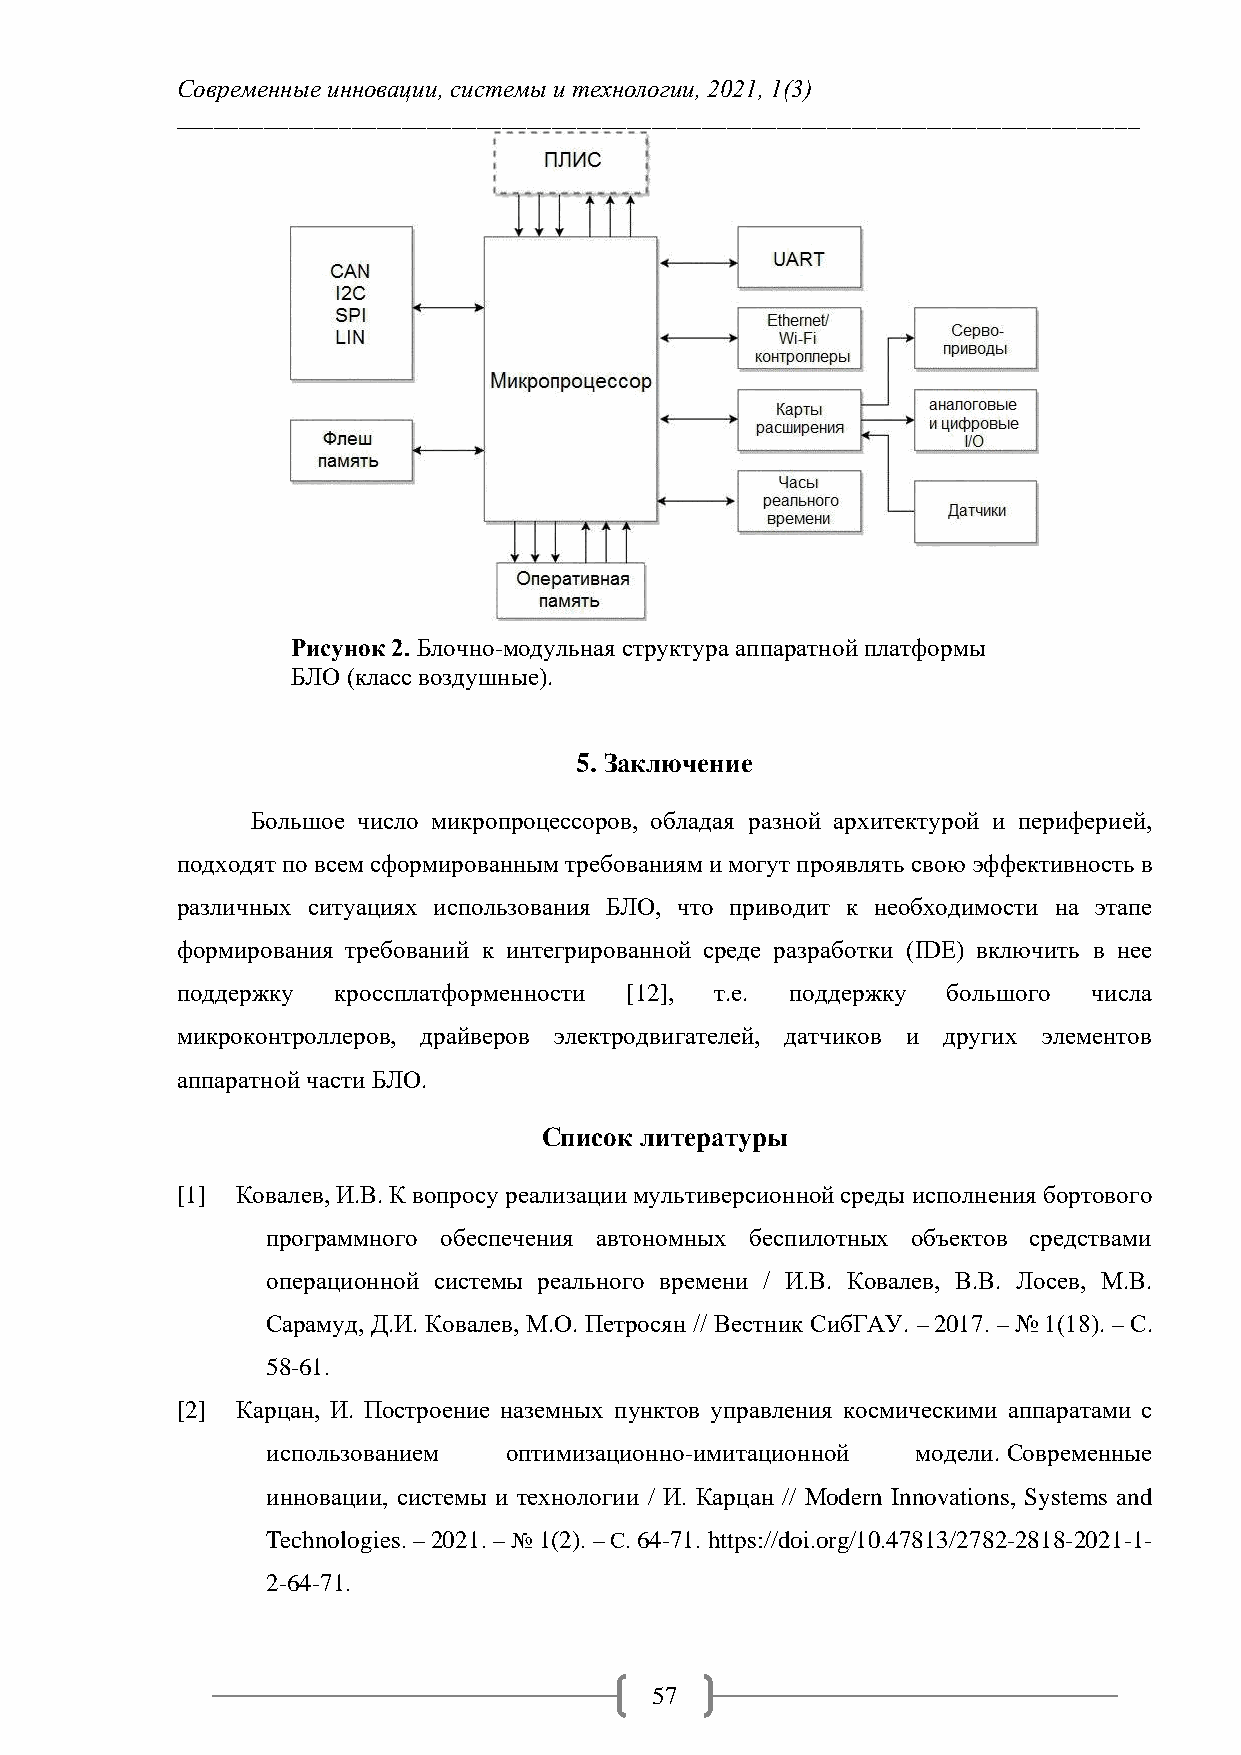
Современные инновации, системы и технологии, 2021, 1(3)
 _____________________________________________________________________________
 Рисунок 2. Блочно-модульная структура аппаратной платформы
 БЛО (класс воздушные).
 5. Заключение
 Большое число микропроцессоров, обладая разной архитектурой и периферией,
 подходят по всем сформированным требованиям и могут проявлять свою эффективность в
 различных ситуациях использования БЛО, что приводит к необходимости на этапе
 формирования требований к интегрированной среде разработки (IDE) включить в нее
 поддержку кроссплатформенности [12], т.е. поддержку большого числа
 микроконтроллеров, драйверов электродвигателей, датчиков и других элементов
 аппаратной части БЛО.
 Список литературы
 [1] Ковалев, И.В. К вопросу реализации мультиверсионной среды исполнения бортового
 программного обеспечения автономных беспилотных объектов средствами
 операционной системы реального времени / И.В. Ковалев, В.В. Лосев, М.В.
 Сарамуд, Д.И. Ковалев, М.О. Петросян // Вестник СибГАУ. – 2017. – № 1(18). – С.
 58-61.
 [2] Карцан, И. Построение наземных пунктов управления космическими аппаратами с
 использованием оптимизационно-имитационной модели. Современные
 инновации, системы и технологии / И. Карцан // Modern Innovations, Systems and
 Technologies. – 2021. – № 1(2). – С. 64-71. https://doi.org/10.47813/2782-2818-2021-1-
 2-64-71.
 57